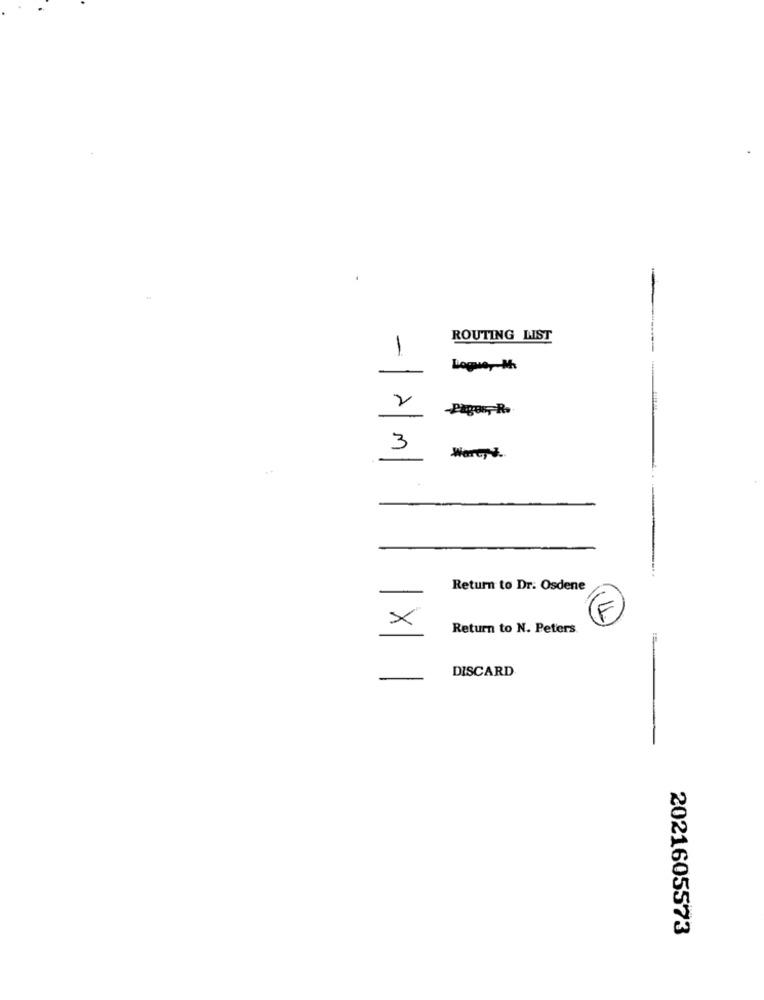
-
ROUTING LIST
1
Logue ,- M
-
2
-Pagor ,- R.
3
Ware #.
Return to Dr. Osdene
11
×
Return to N. Peters
DISCARD
2021605573